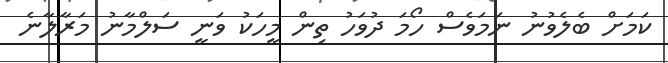
ކަމަށް ބެލެވުނު ނަމަވެސް ހޯމަ ދުވަހު ތިން މީހަކު ވަނީ ސަލްމާނު މަރާލާނެ